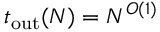
t _ { \mathrm { o u t } } ( N ) = N ^ { O ( 1 ) }